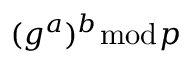
( g ^ { a } ) ^ { b } { \bmod { p } }